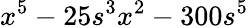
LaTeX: x^{5}-25s^{3}x^{2}-300s^{5}